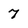
Character: 7